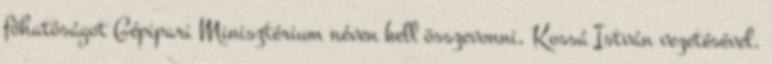
főhatóságot Gépipari Minisztérium néven kell összevonni, Kossá István vezetésével.